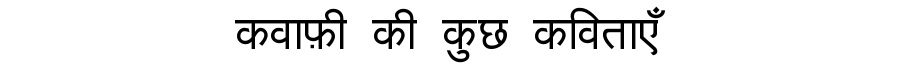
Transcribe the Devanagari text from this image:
कवाफ़ी की कुछ कविताएँ